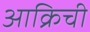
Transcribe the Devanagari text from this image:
आक्रिची